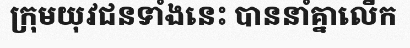
ក្រុមយុវជនទាំងនេះ បាននាំគ្នាលើក